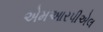
એમઆરપીએલ